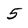
Character: 5